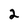
Character: 2